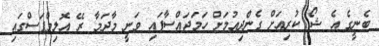
ބެނީގެ އެ ޝޯ ކުރިއަށް ގެންދިއުމަށް ހަމަޖައްސާފައި ވަނީ މާދަމާ ރޭ އޮލިމްޕަސްގައި